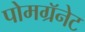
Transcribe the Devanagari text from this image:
पोमग्रॅनेट